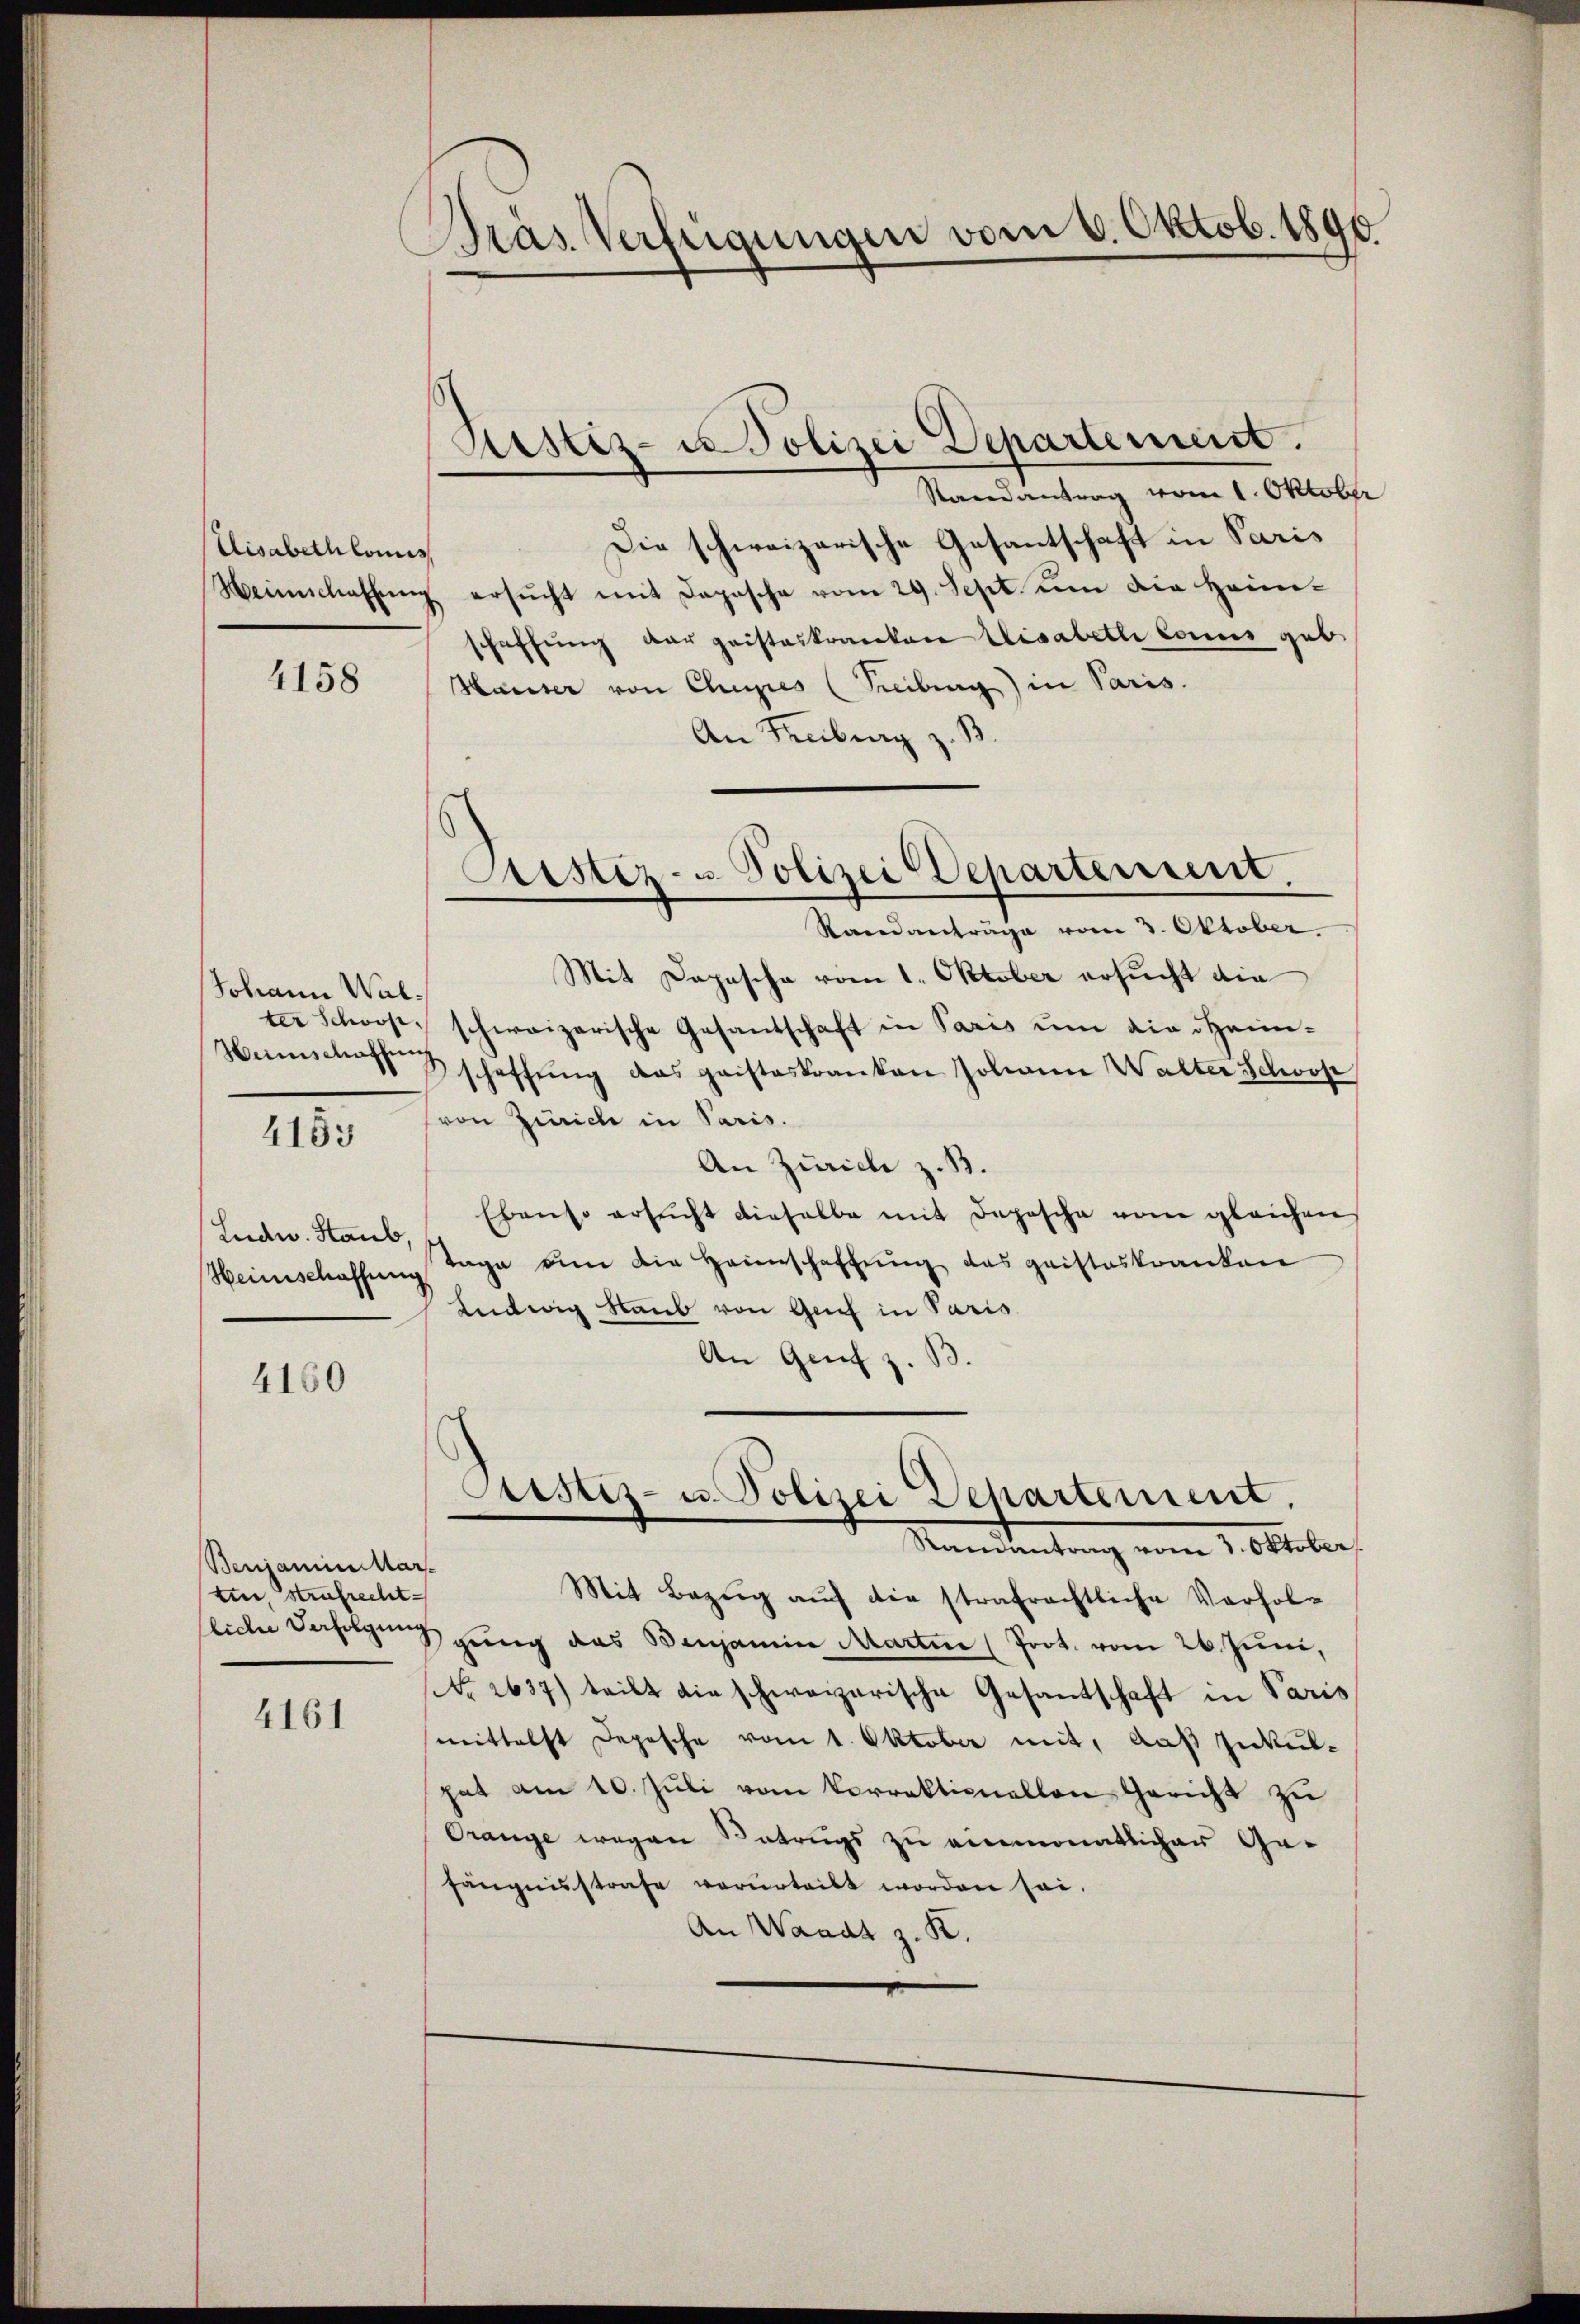
Uisabethlonis

4158

Johann Wal¬
Heinschaffung

4153

Leidw. Staub,
Heinschaffung

4160

Benjaminar-
tin, Strafrecht

4161

Präs. Verfügungen vom 8. Oktob. 1890

Randantrag vom 1. Oktober
Die schweizerische Gesantschaft in Paris
Weinschaffŭng ersŭcht mit Daposche vom 29. Sept. um die Heim-
schaffŭng der geisteskranken Elisabetli connus geb.
Hauser von Chupes (Freiburg) in Paris.
An Freiburg z. B
Randanträge vom 3. Oktober.
Mit Depesche vom 1. Oktober ersucht die
ter Schoose, schweizerische Gesandschaft in Paris ŭm die Hein-
schaffŭng das gaisteskranken Johann Walter Schoop
von Zürich in Paris.
An Zürich z. B.
Ebenso ersŭcht dieselbe mit Depesche vom gleichen
tage um die Heimschaffung das geisteskranken
Ludwig Raub von Genf in Paris
An Genf z. B.
Austiz- u. Polizei Departement.
Mandentrag vom 1. Oktober
Mit Bezug auf die strafrechtliche Vorholseide derfolgung ging das Benjamin Martin (Prot. vom 26. Juni,
No 2637) teilt die schweizerische Gesantschaft in Paris
mittelst Depesche vom 1. Oktober mit, daß Inkulgat am 10. Jŭli vom Vorrektionallen Gericht zu
Orange wegen Betrugs zu anemonatlicher Ge-
fängnisstrafe verurteilt worden sei.
An Waadt z. K.

Justiz- u Polizei Departement.

Custiz- & Polizei Departement.